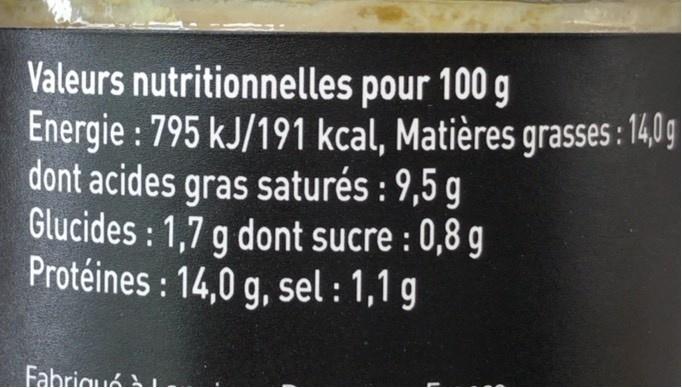
Valeurs nutritionnelles pour 100 g Energie : 795 kJ/191 kcal, Matières grasses : 1409| dont acides gras saturés : 9,5 g Glucides : 1,7 g dont sucre : 0,8 g Protéines : 14,0 g, sel : 1,1 g
Fabriqué A